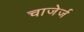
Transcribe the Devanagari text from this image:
चाजेर्ज